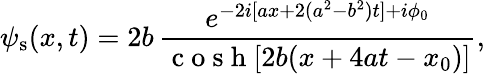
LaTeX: \psi_{\mathrm{s}}(x,t)=2b\, \frac{e^{-2i[ax+2(a^{2}-b^{2})t]+i\phi_{0}}}{\mathrm{~c~o~s~h~}[2b(x+4at-x_{0})]},